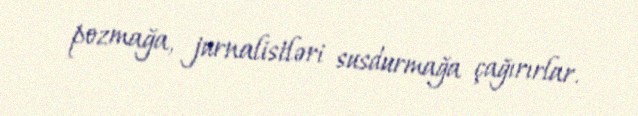
pozmağa, jurnalistləri susdurmağa çağırırlar.